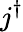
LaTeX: j^{\dagger}